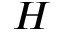
H